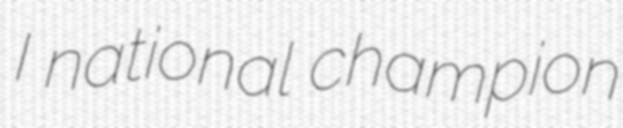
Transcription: I national champion